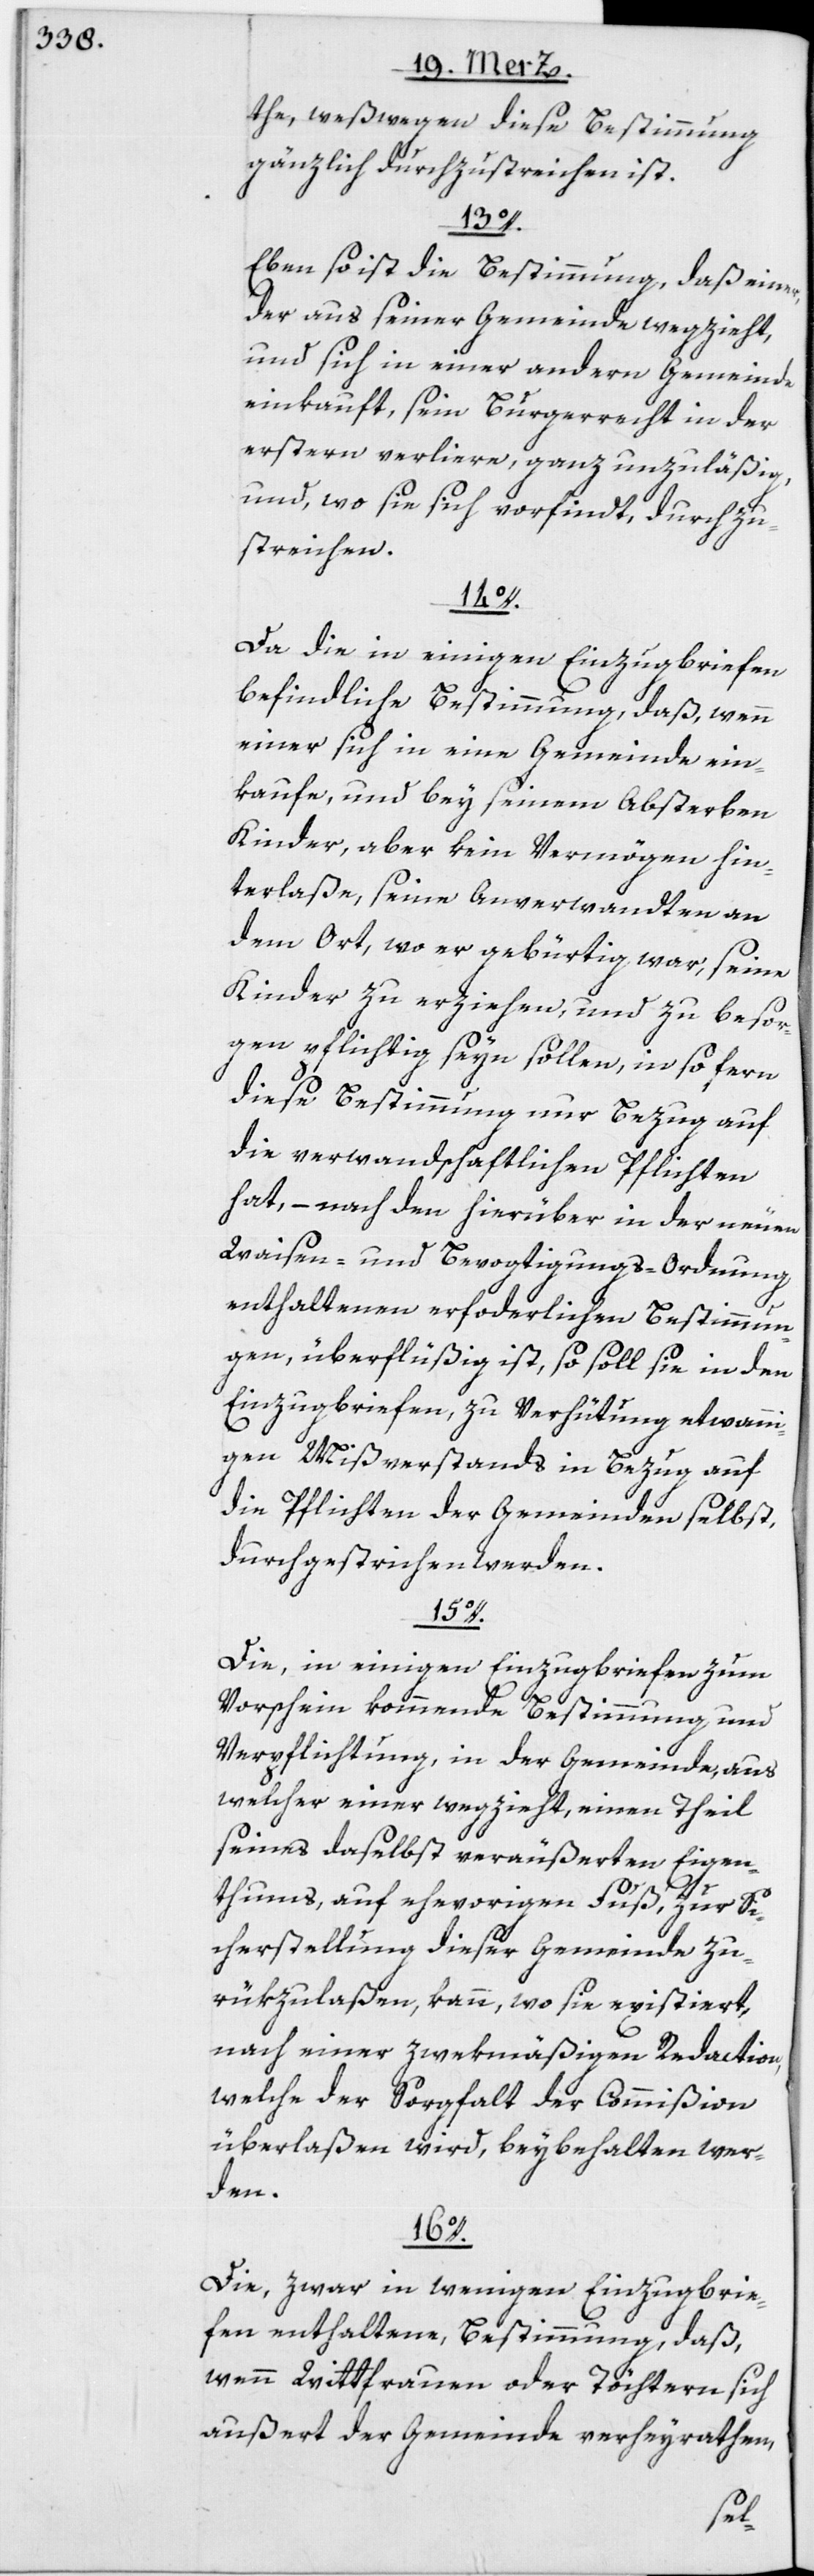
the, weßwegen diese Bestimmung
gänzlich durchzustreichen ist.
13o.
Eben so ist die Bestimmung, daß einer,
der aus seiner Gemeinde wegzieht,
und sich in einer andern Gemeinde
einkauft, sein Burgerrecht in der
erstern verliere, ganz unzuläßig,
und, wo sie sich vorfindt, durchzu¬
streichen.
14o.
Da die in einigen Einzugbriefen
befindliche Bestimmung, daß, wenn
einer sich in eine Gemeinde ein¬
kaufe, und bey seinem Absterben
Kinder, aber kein Vermögen hin¬
terlaße, seine Anverwandten an
dem Ort, wo er gebürtig war, seine
Kinder zu erziehen, und zu besor¬
gen pflichtig seyn sollen, in so fern
diese Bestimmung nur Bezug auf
die verwandschaftlichen Pflichten
hat, – nach den hierüber in der neuen
Waisen- und Bevogtigungs-Ordnung
enthaltenen erfo[r]derlichen Bestimmun¬
gen, überflüßig ist, so soll sie in den
Einzugbriefen, zu Verhütung etwanni¬
gen Mißverstands in Bezug auf
die Pflichten der Gemeinden selbst,
durchgestrichen werden.
15o.
Die, in einigen Einzugbriefen zum
Vorschein kommende Bestimmung und
Verpflichtung, in der Gemeinde, aus
welcher einer wegzieht, einen Theil
seines daselbst veräußerten Eigen¬
thums, auf ehevorigen Fuß, zur Si¬
cherstellung dieser Gemeinde zu¬
rükzulaßen, kann, wo sie existiert,
nach einer zwekmäßigen Redaction,
welche der Sorgfalt der Commißion
überlaßen wird, beybehalten wer¬
den.
16o.
Die, zwar in wenigen Einzugbrie¬
fen enthaltene, Bestimmung, daß,
wenn Wittfrauen oder Töchtern sich
außert der Gemeinde verheyrathen,